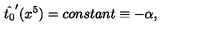
\hat { t _ { 0 } } ^ { \prime } ( x ^ { 5 } ) = c o n s t a n t \equiv - \alpha ,